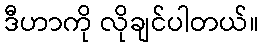
ဒီဟာကို လိုချင်ပါတယ်။